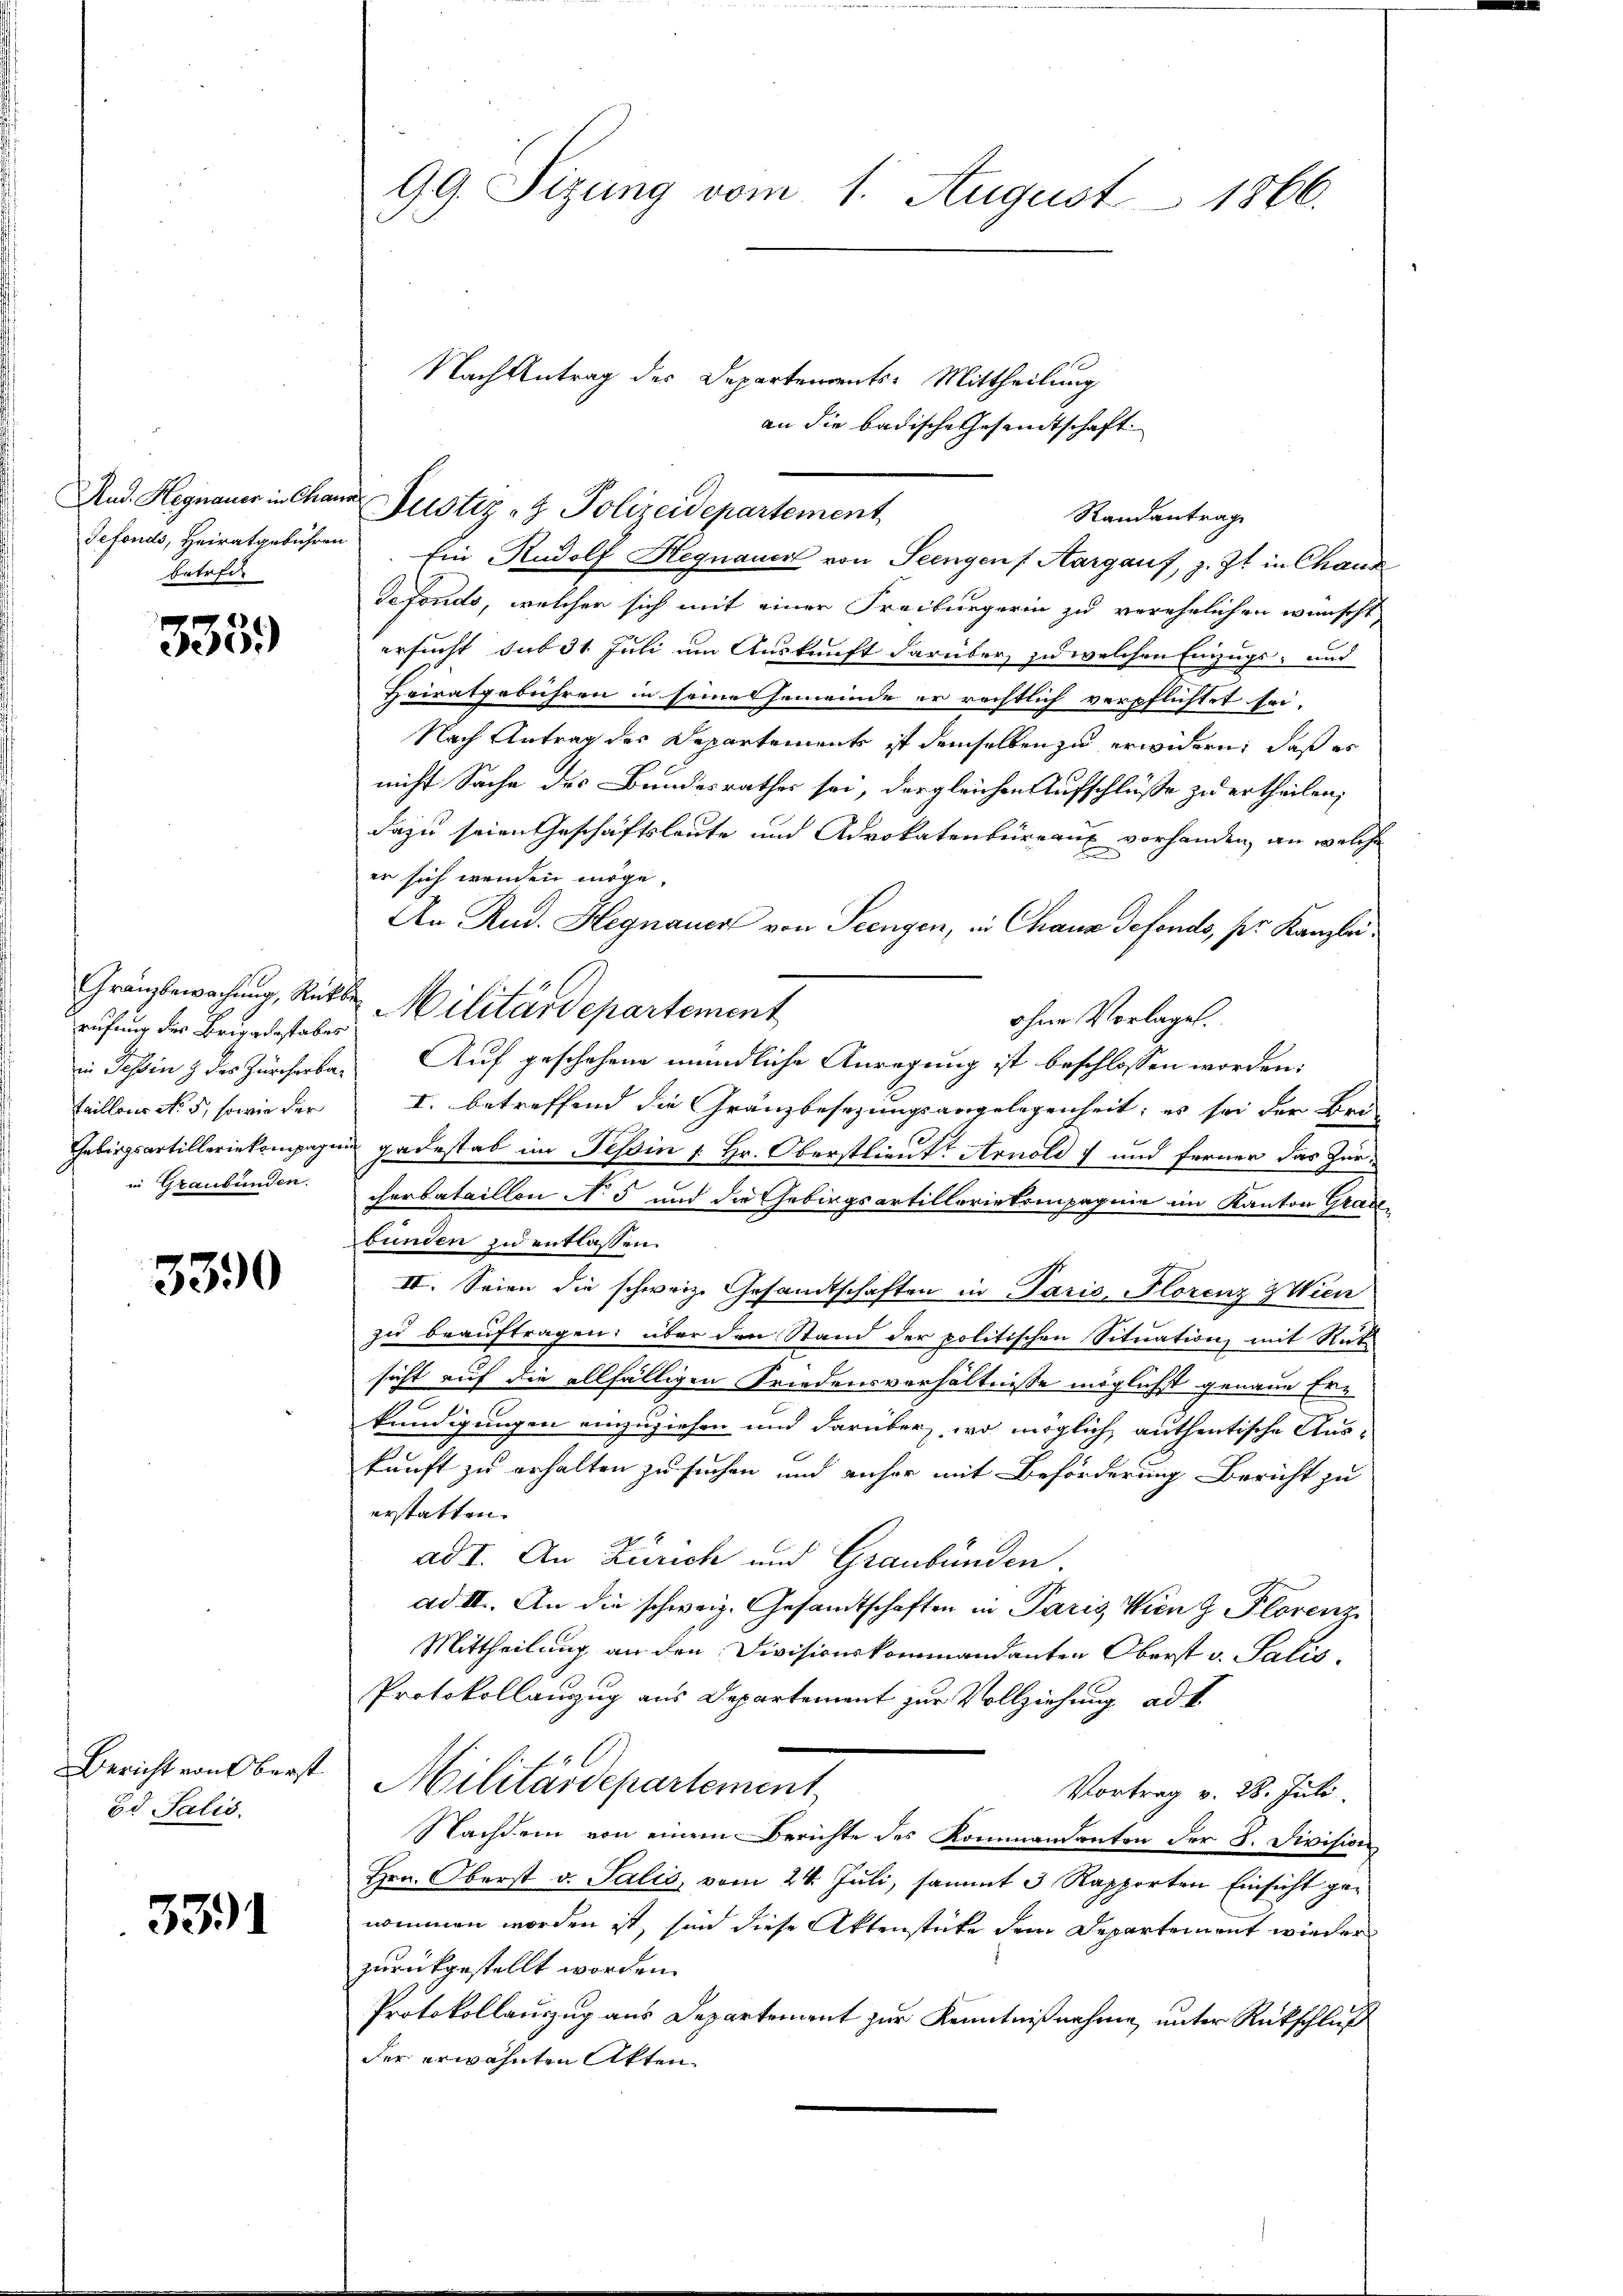
Sefonds, Heiratgebühren
betreff

333.

rufung des Brigadestabes
in Tessin & des Zürcherbataillons No. 5, sowie der

3390

Bericht von Oberst
od Salis

3391

99. Sizung vom 1. August 1866.

Rud. Hegnauer in Chann Justiz & Polizeidepartement,

Nach Antrag des Departements-Mittheilung
an die badische Gesandtschaft
Randantrag
defonds, welcher sich mit einer Freiburgerin zu verehelichen wünscht
ersucht, sub 31 Juli um Auskunft darüber, und welchen Einzugs- und
Heiratgebühren in seine Gemeinde er rechtlich verpflichtet sei.
Nach Antrag des Departement ist demselben zu erwidern, daß es
nicht Sache des Bundesrathes sei, dergleichen Aufschlüsse zu ertheilen,
dazu seien Geschäftsleute und Advokatenbüreaux vorhanden, an welche
er sich wenden möge.
An Rud. Hegnauer von Seengen, in Chaus defonds, ser Kanzleiohne Vorlage.
Auf geschehene mündliche Anregung ist beschlossen worden:
I. betreffend die Gränzbesezungsangelegenheit, es sei der Bri
Gebirgsartilleriekompagnie gabestab im Tessin 1. Hr. Oberstlieut Arnold 7 und ferner das Zürin Graubünden Verbataillon No 5 und die Gebirgsartilleriekompagnie im Kanton Grade
bunden zu entlassen.
II. Seien die schweiz. Gesandtschaften in Paris, Florenz Wien
zu beauftragen: über den Stand der politischen Situation mit Rut
sicht auf die allfälligen Friedensverhältnisse möglichst genaue Er-
0
kündigungen einzuziehen und darüber, wo möglich authentische Auskunft zu erhalten zu suchen und anher mit Beförderung Bericht zu
erstatten.
ad I. An Zürich und Graubünden.
ad II. An die schweiz. Gesandtschaften in Paris, Wien z. Florenz
Mittheilung an den Divisionskommandanten Oberst v. Satis.
Protokollanzug aus Departement zur Vollziehung ad 1
Militärdepartement
Vortrag v. 28. Juli
Nachdem von einem Berichte des Kommandanten der 8. Division
Hrn. Oberst v. Salis, vom 24. Juli, sammt 3 Rapporten Einsicht genommen worden ist, sind diese Aktenstücke dem Departement wieder
zurückgestellt worden.
Protokollauszug aus Departement zur Kenntnißnahme, unter Rückschluß
der erwähnten Akten.

Gränzbewachung, Rathe Militärdepartement

Ein Rudolf Hegnauer von Seengen (Aargauf, z. Zt. in Chaux